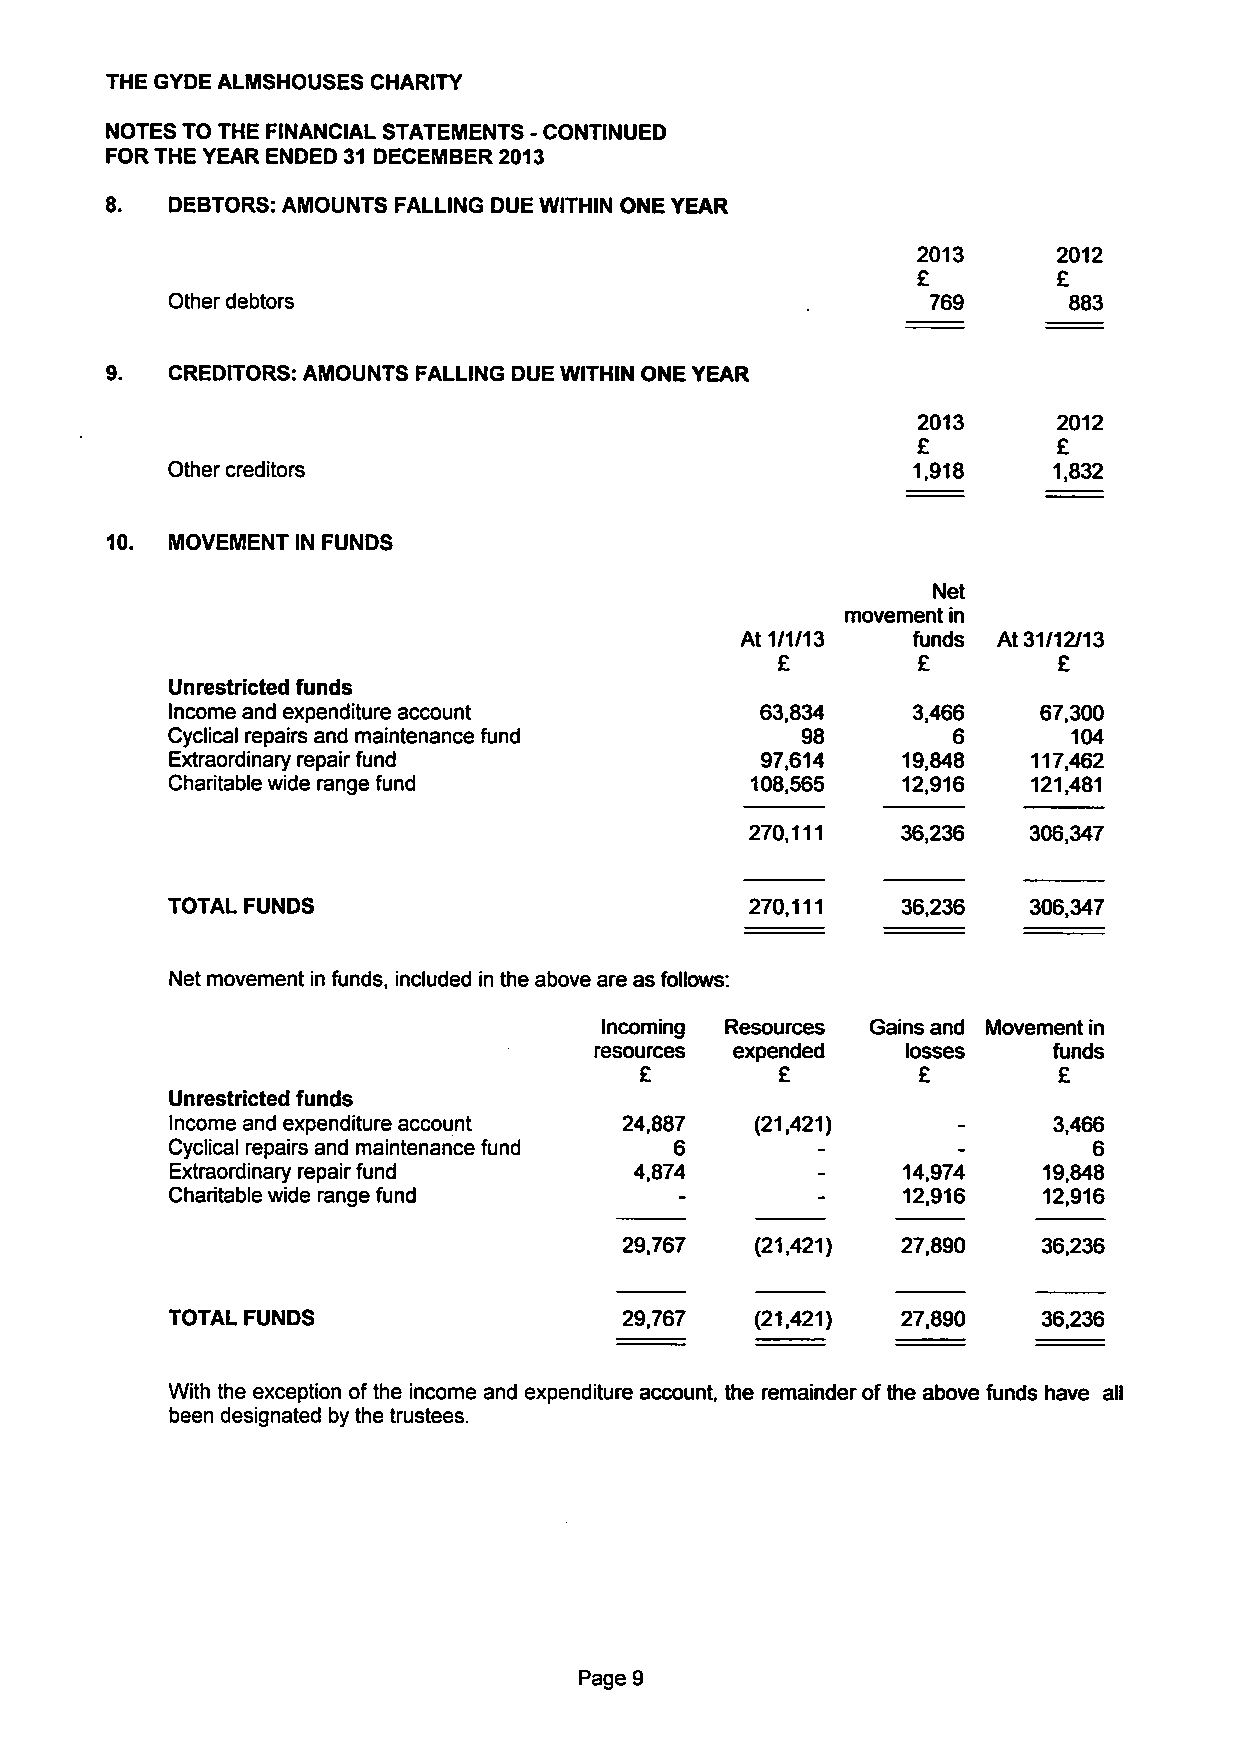
THE GYDE ALMSHOUSES CHARITY
 NOTESTO THE FINANCIAL STATEMENTS - CONTINUED
 FORTHE YEAR ENDED 31 DECEMBER2013
 8.  DEBTORS: AMOUNTS FALLING DUEWITHIN ONEYEAR
 2013     2012
 £        £
 Otherdebtors                                      769       883
 CREDITORS: AMOUNTS FALLING DUEWITHIN ONEYEAR
 2013     2012
 £        £
 Othercreditors                                   1,918     1,832
 10. MOVEMENT IN FUNDS
 Net
 movementin
 At 1/1/13  funds At31/12/13
 £         £        £
 Unrestricted funds
 Incomeandexpenditureaccount            63,834    3,466    67,300
 Cyclical repairsand maintenancefund       98        6       104
 Extraordinaryrepairfund                97,614    19,848  117,462
 Charitablewide rangefund               108,565   12,916  121,481
 270,111   36,236  306,347
 TOTAL FUNDS                            270,111   36,236  306,347
 Netmovementinfunds, included in theaboveareasfollows:
 Incoming Resources Gainsand Movementin
 esources expended   losses    funds
 £        £         £        £
 Unrestricted funds
 Incomeandexpenditureaccount   24,887   (21,421)            3,466
 Cyclical repairsand maintenancefund 6                        6
 Extraordinaryrepairfund        4,874             14,974   19,848
 Charitablewide rangefund                         12,916   12,916
 29,767   (21,421)  27,890   36,236
 TOTAL FUNDS                   29,767   (21,421)  27,890   36,236
 Withtheexception of the income and expenditure account, the remainderof the above funds have all
 been designated bythe trustees.
 Page 9